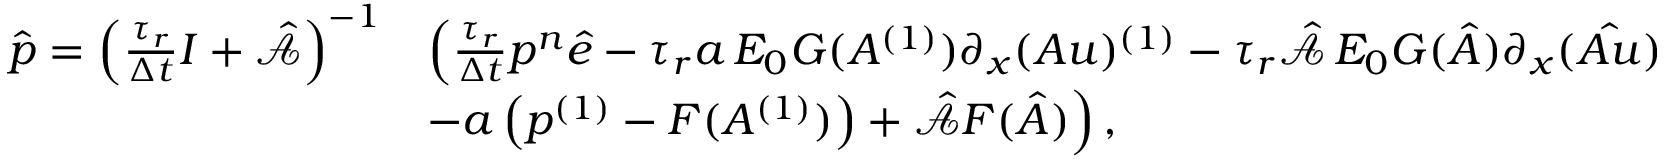
\begin{array} { r l } { \hat { \boldsymbol { p } } = \left( \frac { \tau _ { r } } { \Delta t } \boldsymbol { I } + \hat { \mathcal { A } } \right) ^ { - 1 } } & { \Big ( \frac { \tau _ { r } } { \Delta t } p ^ { n } \boldsymbol { \hat { e } } - \tau _ { r } \boldsymbol { a } \, E _ { 0 } G ( A ^ { ( 1 ) } ) \partial _ { x } ( A u ) ^ { ( 1 ) } - \tau _ { r } \hat { \mathcal { A } } \, E _ { 0 } \boldsymbol { G } ( \boldsymbol { \hat { A } } ) \partial _ { x } ( \boldsymbol { \hat { A u } } ) } \\ & { - \boldsymbol { a } \left( p ^ { ( 1 ) } - F ( A ^ { ( 1 ) } ) \right) + \hat { \mathcal { A } } \boldsymbol { F } ( \boldsymbol { \hat { A } } ) \Big ) \, , } \end{array}